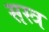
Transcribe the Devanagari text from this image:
सस्त्र